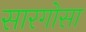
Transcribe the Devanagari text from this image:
सारगोसा